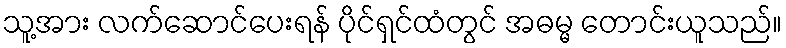
သူ့အား လက်ဆောင်ပေးရန် ပိုင်ရှင်ထံတွင် အဓမ္မ တောင်းယူသည်။